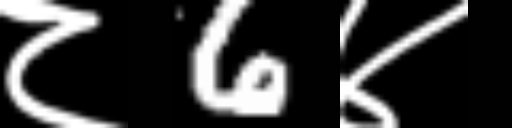
Text: ८6४